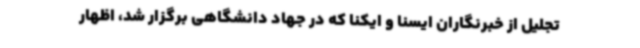
تجلیل از خبرنگاران ایسنا و ایکنا که در جهاد دانشگاهی برگزار شد، اظهار